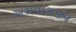
અથવારાજીવ